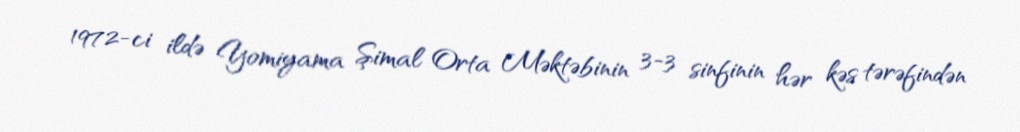
1972-ci ildə Yomiyama Şimal Orta Məktəbinin 3-3 sinfinin hər kəs tərəfindən